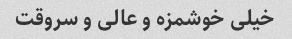
خیلی خوشمزه و عالی و سروقت